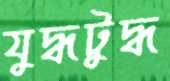
যুদ্ধটুদ্ধ